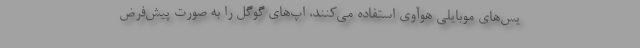
یس‌های موبایلی هوآوی استفاده می‌کنند، اپ‌های گوگل را به صورت پیش‌فرض